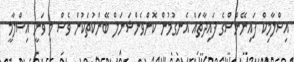
އިސްލާމިކް ފައިނޭންސްގެ ފައިދާތައް އެނގުމުން ކޮންވެންޝަނަލް ބޭންކުތަކުން ވެސް މި ވަނީ އިސްލާމީ